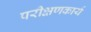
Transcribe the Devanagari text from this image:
परीक्षणकार्य